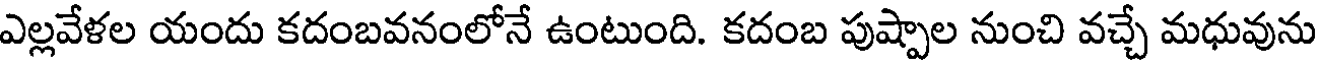
ఎల్లవేళల యందు కదంబవనంలోనే ఉంటుంది. కదంబ పుష్పాల నుంచి వచ్చే మధువును